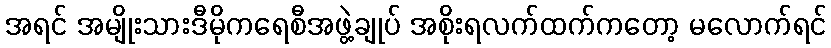
အရင် အမျိုးသားဒီမိုကရေစီအဖွဲ့ချုပ် အစိုးရလက်ထက်ကတော့ မလောက်ရင်